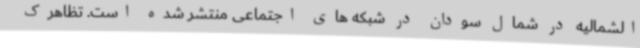
الشمالیه در شمال سودان در شبکه های اجتماعی منتشر شده است‌. تظاهرک